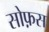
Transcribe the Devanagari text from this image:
सोफ़स